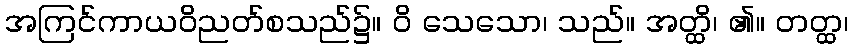
အကြင်ကာယဝိညတ်စသည်၌။ ဝိ သေသော၊ သည်။ အတ္ထိ၊ ၏။ တတ္ထ၊